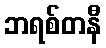
ဘရစ်တနီ